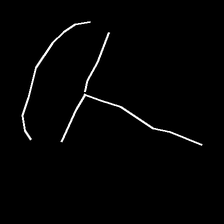
Glyph: dispersion